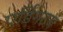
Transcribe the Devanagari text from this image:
एर्डिंगटन